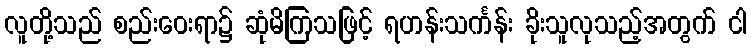
လူတို့သည် စည်းဝေးရာ၌ ဆုံမိကြသဖြင့် ရဟန်းသင်္ကန်း ခိုးသူလုသည့်အတွက် ငါ